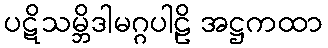
ပဋိသမ္ဘိဒါမဂ္ဂပါဠိ အဋ္ဌကထာ